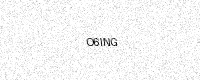
Text: O6ING